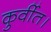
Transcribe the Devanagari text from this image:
कुर्वीत।